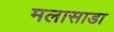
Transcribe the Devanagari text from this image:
मलासाडा